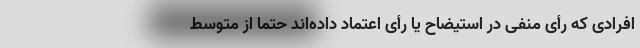
افرادی که رأی منفی در استیضاح یا رأی اعتماد داده‌اند حتما از متوسط